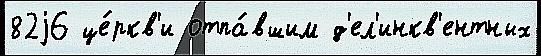
82j6 це́ркв'и отпа́вшим д'ел'инкв'ентных